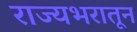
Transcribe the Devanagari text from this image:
राज्यभरातून